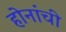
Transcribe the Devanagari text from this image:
होनांची